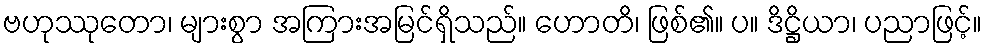
ဗဟုဿုတော၊ များစွာ အကြားအမြင်ရှိသည်။ ဟောတိ၊ ဖြစ်၏။ ပ။ ဒိဋ္ဌိယာ၊ ပညာဖြင့်။